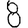
Digit: 8